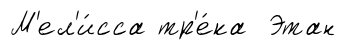
М'ел'и́сса тр'е́ка Этан